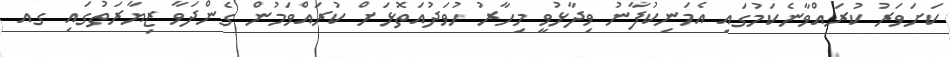
ކަށަވަރު ކުރައްވާނެކަމުގައި އެމަނިކުފާނު ވިދާޅުވީ މިހާރު ހުވަދުއަތޮޅަށް ކުރައްވަމުން ގެންދަވާ ޒިޔާރަތުގައި ގއ